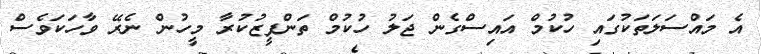
އެ މައްސަލަތަކުގައި ހުކުމް އައިސްގެން ޖަލު ހުކުމް ތަންފީޒުކުރާ މީހުން ނެރޭ ވާހަކަވެސް